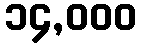
၁၄,၀၀၀